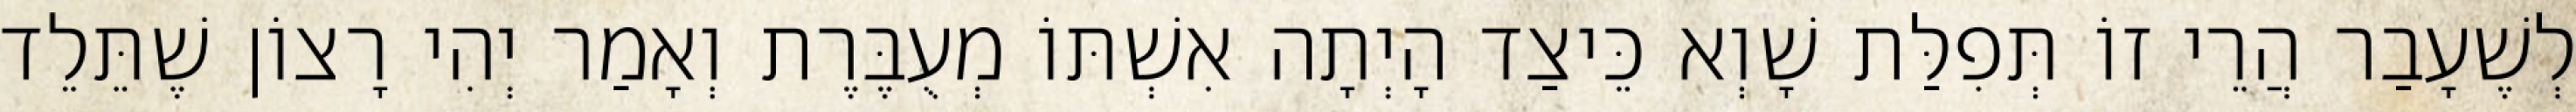
לְשֶׁעָבַר הֲרֵי זוֹ תְּפִלַּת שָׁוְא כֵּיצַד הָיְתָה אִשְׁתּוֹ מְעֻבֶּרֶת וְאָמַר יְהִי רָצוֹן שֶׁתֵּלֵד